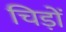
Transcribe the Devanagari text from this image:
चिड़ों